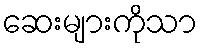
ဆေးများကိုသာ